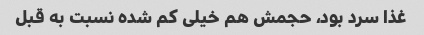
غذا سرد بود، حجمش هم خیلی کم شده نسبت به قبل